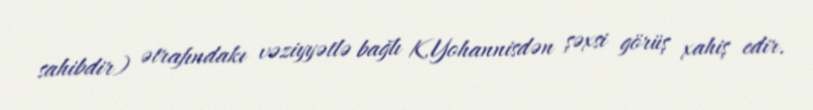
sahibdir) ətrafındakı vəziyyətlə bağlı K.Yohannisdən şəxsi görüş xahiş edir.